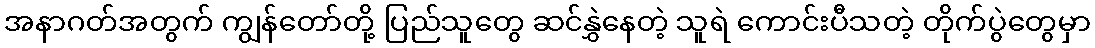
အနာဂတ်အတွက် ကျွန်တော်တို့ ပြည်သူတွေ ဆင်နွှဲနေတဲ့ သူရဲ ကောင်းပီသတဲ့ တိုက်ပွဲတွေမှာ